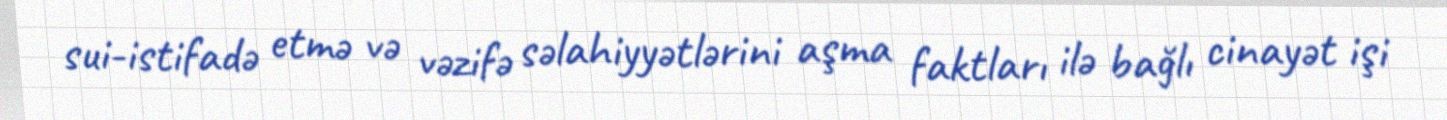
sui-istifadə etmə və vəzifə səlahiyyətlərini aşma faktları ilə bağlı cinayət işi